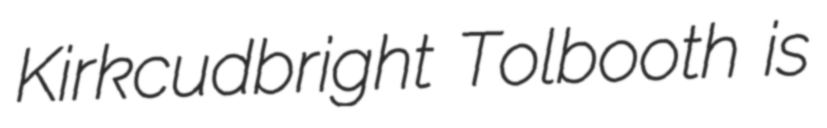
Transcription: Kirkcudbright Tolbooth is